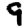
Digit: 9